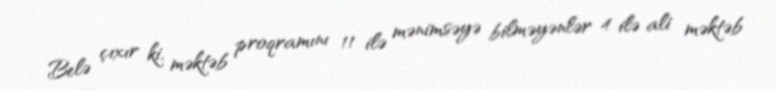
Belə çıxır ki, məktəb proqramını 11 ilə mənimsəyə bilməyənlər 4 ilə ali məktəb